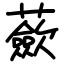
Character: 蘝